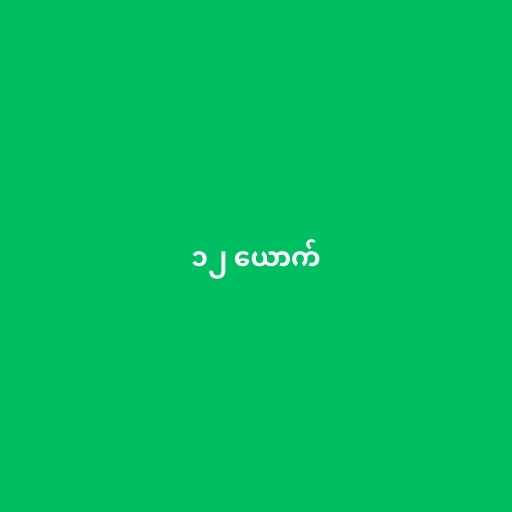
၁၂ ယောက်